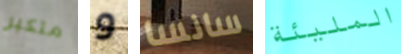
متكبر و سانسا المليئة